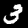
Label: 3